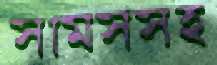
সামসসহ